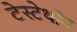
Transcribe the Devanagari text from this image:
टेस्टेथॉन